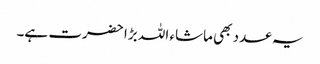
یہ عدد بھی ماشاء اللہ بڑا حضرت ہے۔